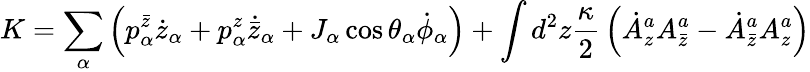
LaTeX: K=\sum_{\alpha}\left(p_{\alpha}^{\bar{z}}\dot{z}_{\alpha}+p_{\alpha}^{z}\dot{{\bar{z}}}_{\alpha}+J_{\alpha}\cos\theta_{\alpha}\dot{\phi}_{\alpha}\right)+\int d^{2}z{\frac{\kappa}{2}}\left(\dot{A}_{z}^{a}A_{\bar{z}}^{a}-\dot{A}_{\bar{z}}^{a}A_{z}^{a}\right)